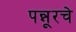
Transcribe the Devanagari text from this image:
पन्नूरचे